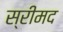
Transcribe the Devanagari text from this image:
स्रीमद